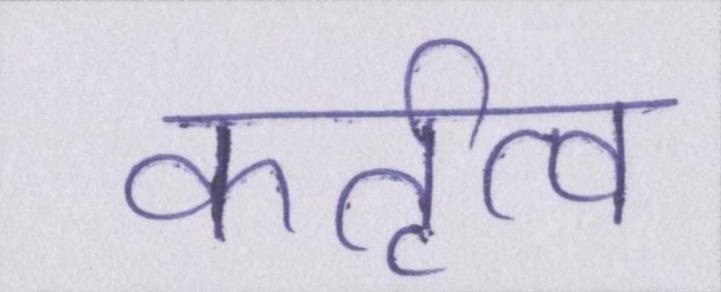
कर्तृत्व